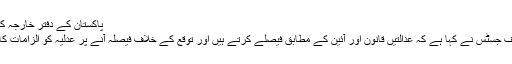
پاکستان کے دفترِ خارجہ کے ترجمان محمد فیصل کا یہ بیان ...
پاکستان کی اعلیٰ ترین عدالت کے چیف جسٹس نے کہا ہے کہ عدالتیں قانون اور آئین کے مطابق فیصلے کرتے ہیں اور توقع کے خلاف فیصلہ آنے پر عدلیہ کو الزامات کا نشانہ بنانے سے اجتناب برتا جائے۔